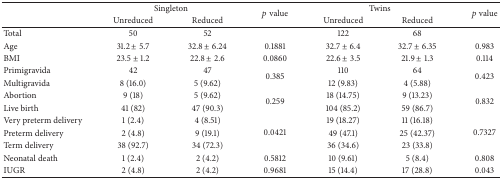
<table><thead><tr><td><b> </b></td><td colspan="2"><b>Singleton</b></td><td rowspan="2"><b><i>p</i> value</b></td><td colspan="2"><b>Twins</b></td><td rowspan="2"><b><i>p</i> value</b></td></tr><tr><td><b> </b></td><td><b>Unreduced</b></td><td><b>Reduced</b></td><td><b>Unreduced</b></td><td><b>Reduced</b></td></tr></thead><tbody><tr><td>Total</td><td>50</td><td>52</td><td> </td><td>122</td><td>68</td><td> </td></tr><tr><td>Age</td><td>31.2 ± 5.7</td><td>32.8 ± 6.24</td><td>0.1881</td><td>32.7 ± 6.4</td><td>32.7 ± 6.35</td><td>0.983</td></tr><tr><td>BMI</td><td>23.5 ± 1.2</td><td>22.8 ± 2.6</td><td>0.0860</td><td>22.6 ± 3.5</td><td>21.9 ± 1.3</td><td>0.114</td></tr><tr><td>Primigravida</td><td>42</td><td>47</td><td rowspan="2">0.385</td><td>110</td><td>64</td><td rowspan="2">0.423</td></tr><tr><td>Multigravida</td><td>8 (16.0)</td><td>5 (9.62)</td><td>12 (9.83)</td><td>4 (5.88)</td></tr><tr><td>Abortion</td><td>9 (18)</td><td>5 (9.62)</td><td rowspan="2">0.259</td><td>18 (14.75)</td><td>9 (13.23)</td><td rowspan="2">0.832</td></tr><tr><td>Live birth</td><td>41 (82)</td><td>47 (90.3)</td><td>104 (85.2)</td><td>59 (86.7)</td></tr><tr><td>Very preterm delivery</td><td>1 (2.4)</td><td>4 (8.51)</td><td rowspan="3">0.0421</td><td>19 (18.27)</td><td>11 (16.18)</td><td rowspan="3">0.7327</td></tr><tr><td>Preterm delivery</td><td>2 (4.8)</td><td>9 (19.1)</td><td>49 (47.1)</td><td>25 (42.37)</td></tr><tr><td>Term delivery</td><td>38 (92.7)</td><td>34 (72.3)</td><td>36 (34.6)</td><td>23 (33.8)</td></tr><tr><td>Neonatal death</td><td>1 (2.4)</td><td>2 (4.2)</td><td>0.5812</td><td>10 (9.61)</td><td>5 (8.4)</td><td>0.808</td></tr><tr><td>IUGR</td><td>2 (4.8)</td><td>2 (4.2)</td><td>0.9681</td><td>15 (14.4)</td><td>17 (28.8)</td><td>0.043</td></tr></tbody></table>